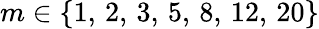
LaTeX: m\in\{ 1,\, 2,\, 3,\, 5,\, 8,\, 12,\, 20\}